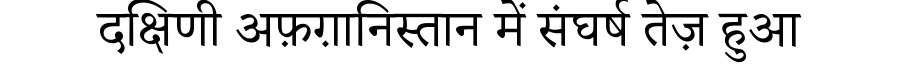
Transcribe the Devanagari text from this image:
दक्षिणी अफ़ग़ानिस्तान में संघर्ष तेज़ हुआ